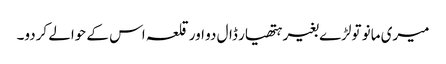
میری مانو تولڑے بغیر ہتھیار ڈال دو اور قلعہ اس کے حوالے کردو۔